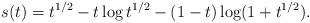
LaTeX: \begin{align*} s(t) = t^{1/2} - t \log t^{1/2} - (1-t) \log(1 + t^{1/2}) . \end{align*}